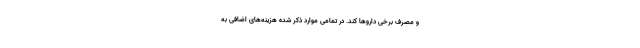
و مصرف برخی دارو‌ها کند. در تمامی موارد ذکر شده هزینه‌های اضافی به